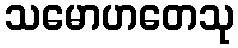
သမောဟတေသု